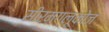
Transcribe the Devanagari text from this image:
सीरमग्लूकोज़